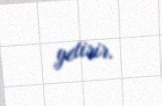
yetirir.